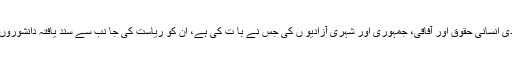
اِس قو می بیانیے کے مدمقابل قو می خوشحالی ، اور بنیادی انسانی حقوق اور آفاقی، جمہوری اور شہری آزادیو ں کی جس نے با ت کی ہے، ان کو ریاست کی جا نب سے سند یافتہ دانشوروں اور کالم نگاروں نے غداری کا لقب اور میڈل ہی دیا ہے۔